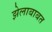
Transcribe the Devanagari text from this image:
झेलाबाबत